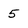
Character: 5